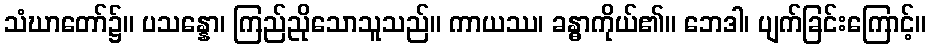
သံဃာတော်၌။ ပသန္နော၊ ကြည်ညိုသောသူသည်။ ကာယဿ၊ ခန္ဓာကိုယ်၏။ ဘေဒါ၊ ပျက်ခြင်းကြောင့်။